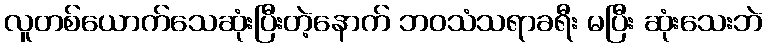
လူတစ်ယောက်သေဆုံးပြီးတဲ့နောက် ဘဝသံသရာခရီး မပြီး ဆုံးသေးဘဲ